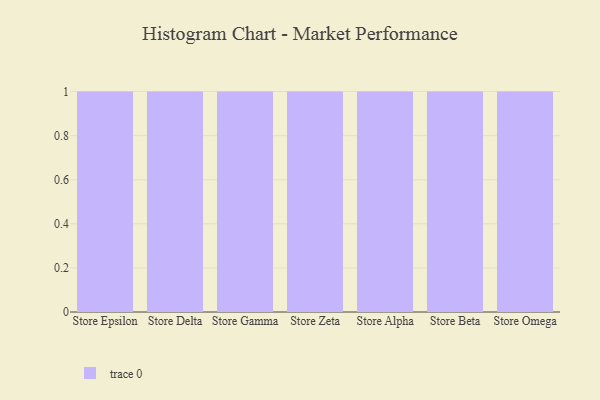
{"axis": {"x": "Store", "y": "Bounce Rate (%)"}, "legend": [""], "data": [{"x": "Store Epsilon", "y": 65, "type": ""}, {"x": "Store Delta", "y": 67, "type": ""}, {"x": "Store Gamma", "y": 1, "type": ""}, {"x": "Store Zeta", "y": 52, "type": ""}, {"x": "Store Alpha", "y": 68, "type": ""}, {"x": "Store Beta", "y": 76, "type": ""}, {"x": "Store Omega", "y": 5, "type": ""}]}